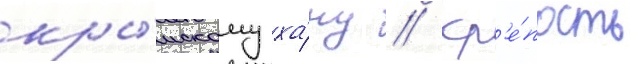
кры́мскому ха́ну // Кр'е́пость